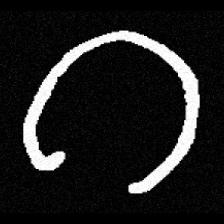
Pyu character \u2014 Myanmar letter: ဂ (romanized: ga)